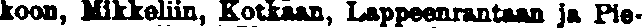
koon, Mikkeliin, Kotkaan, Lappeenrantaan Ja Pie-